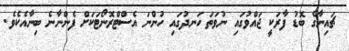
ޗައިނާގެ ބޮޑު ފާރަކީ ޖައްވުގައި ނުވަތަ ހަނދުގައި ހުންނަ އެސްޓްރޮނޯޓަކަށް ފެންނާނެ ބިނާއެކެވެ.